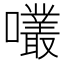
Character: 𡅇